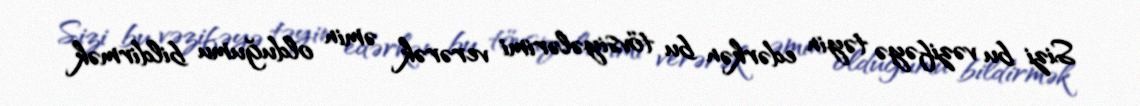
Sizi bu vəzifəyə təyin edərkən bu tövsiyələrimi verərək əmin olduğumu bildirmək